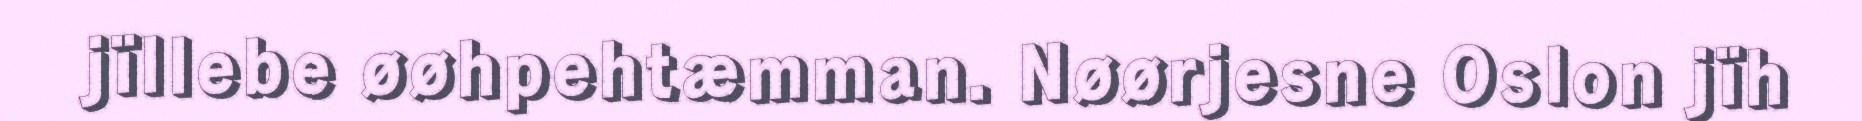
jïllebe øøhpehtæmman. Nøørjesne Oslon jïh